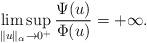
LaTeX: \begin{align*} \limsup_{\|u\|_\alpha\rightarrow 0^+}\frac{\Psi(u)}{\Phi(u)}=+\infty.\end{align*}